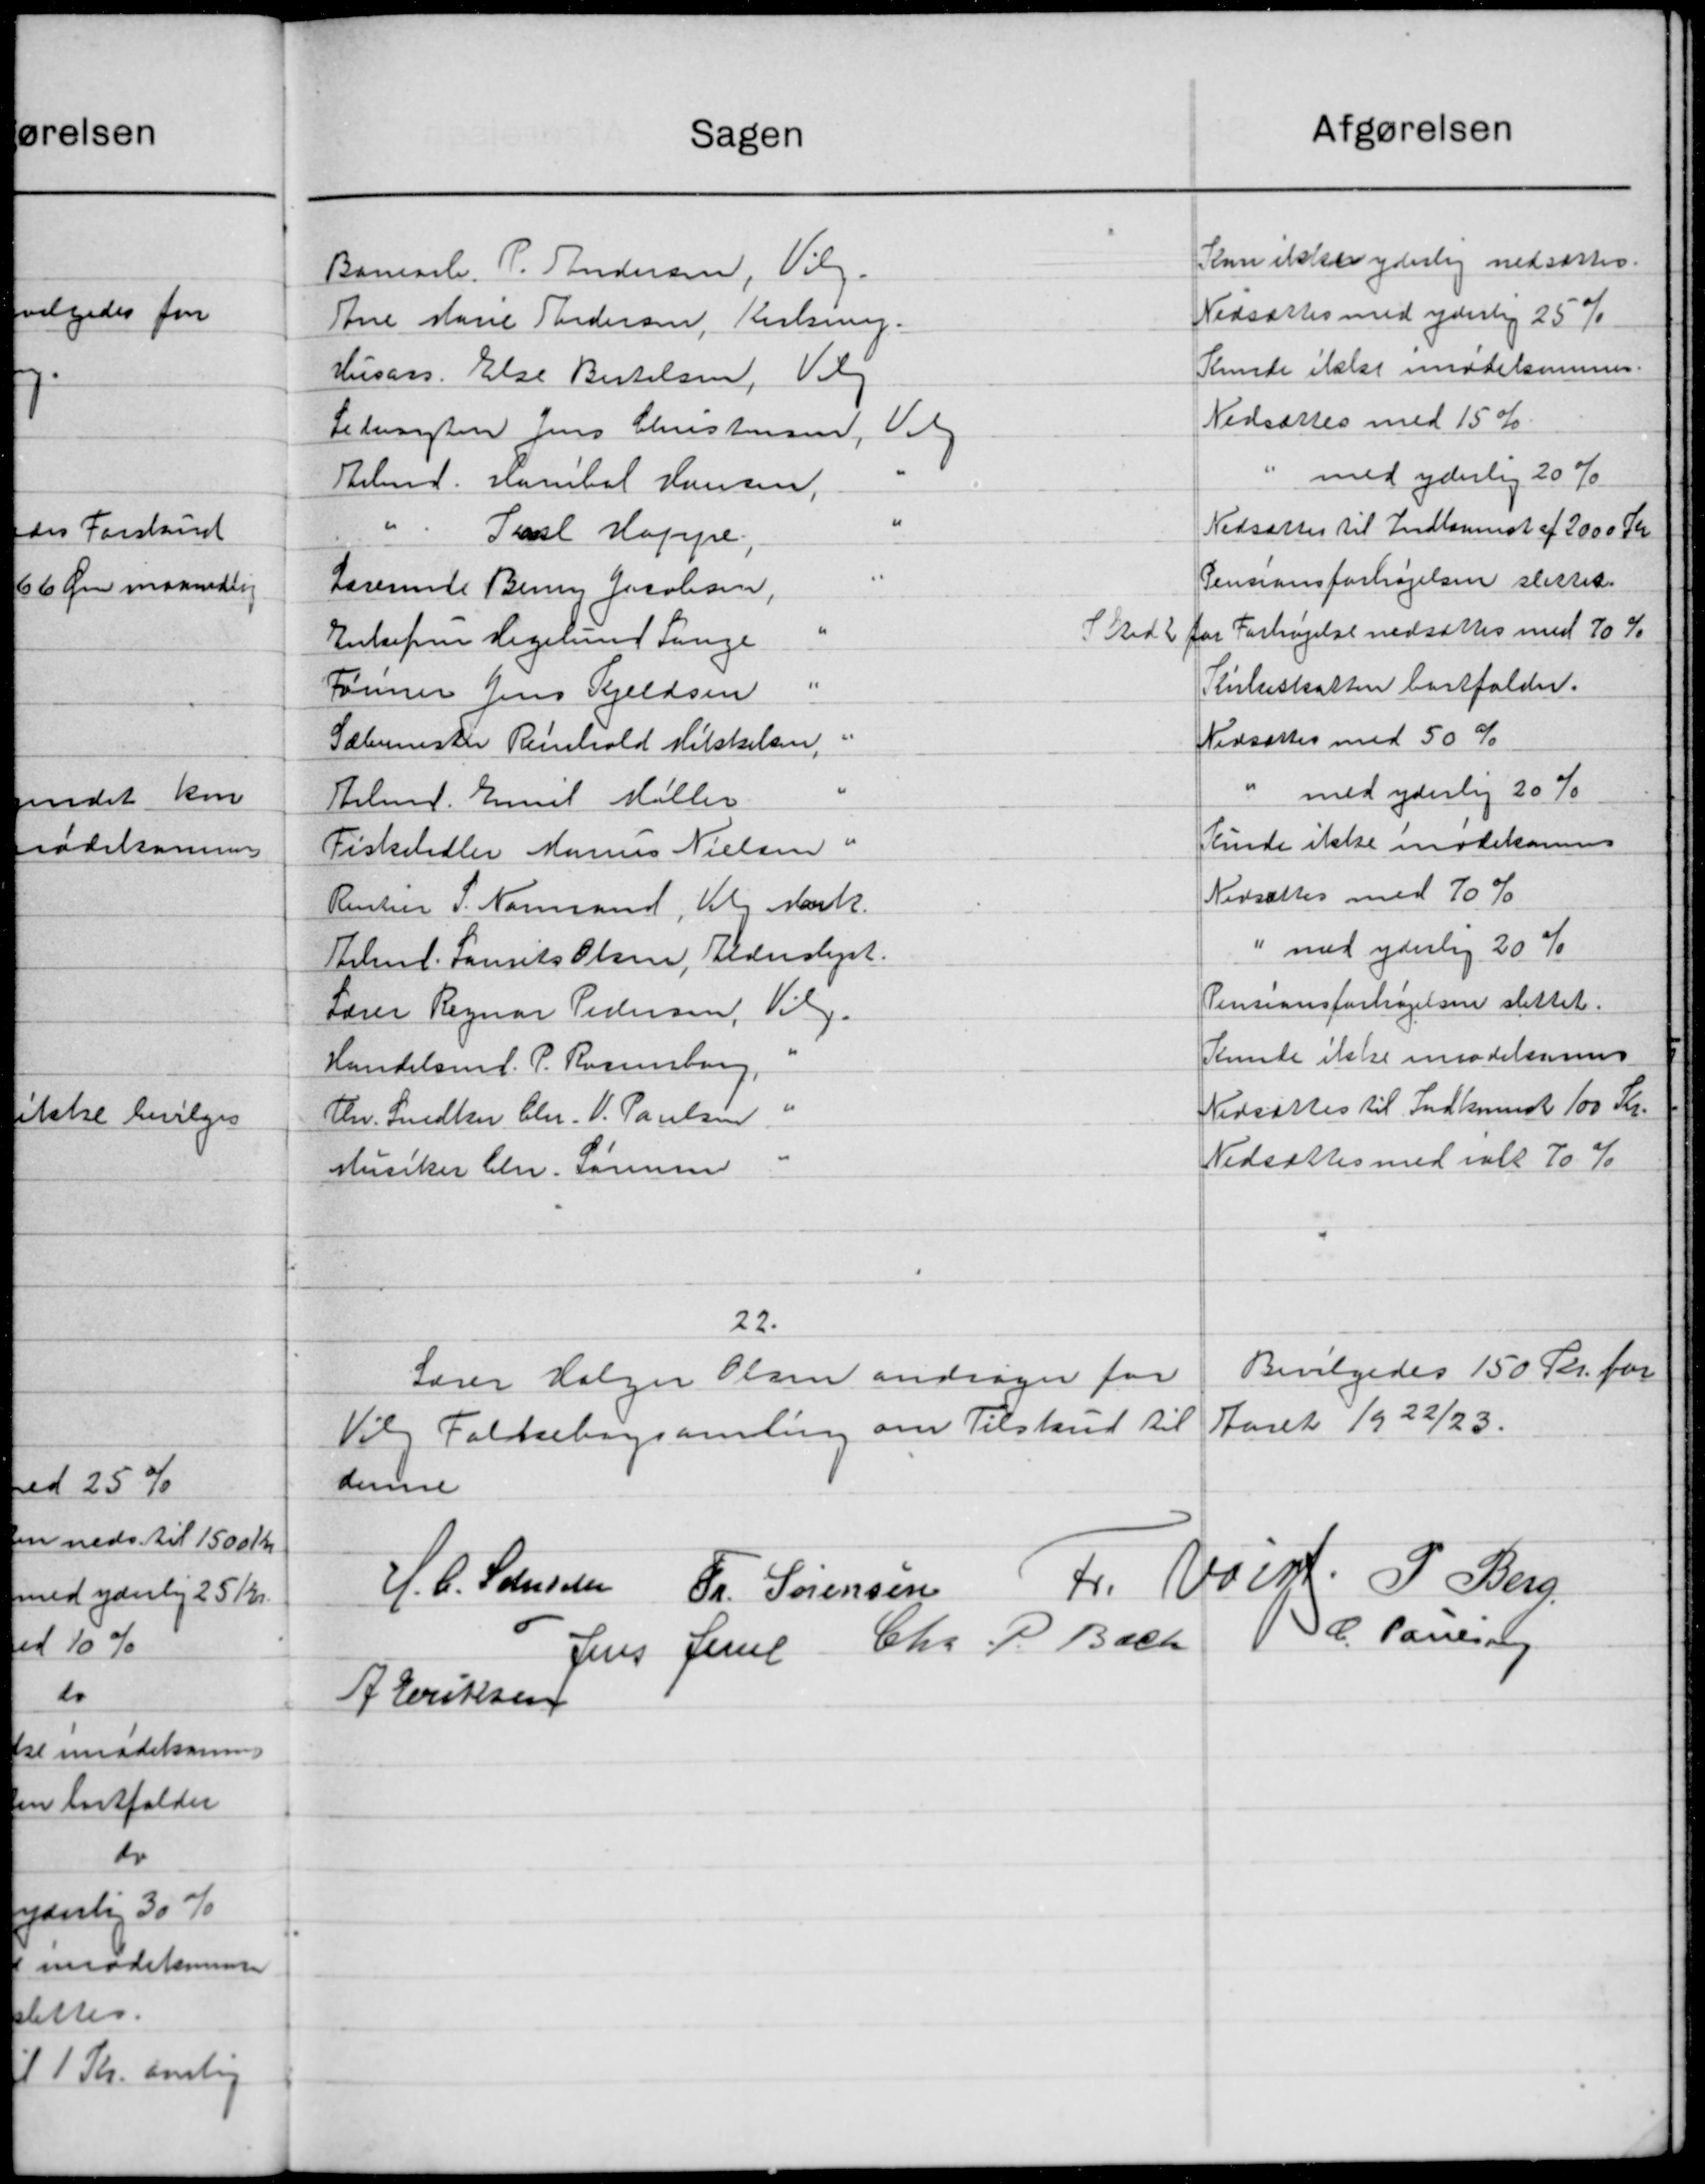
Transskription:
Afgørelsen
Sagen
Kan ikker yderlig nedsættes.
Banearb. P. Andersen, Vilg
Nedsættes med yderlig 25 %
Ane Marie Andersen, Kirkning.
Kunde ikke imiddelsemmer
Husass. Else Bertelsen, Vil
Nedsættes med 15 %
Ledvagten Jens Christensen, Valg
"
med yderlig 20 %
Arbmd. Hanibal Hansen,
"
Nedsættes til Indkomst af 2000 Kr.
"
Pasl Kappe.
Pensionsforhøjelsen slettet.
Lærerinde Benny Jacobsen,
"
S Stedet for Forhøjelse nedsættes med 70 %
Enkefru Hegelund Lange
"
Kirkeskatten bortfalder.
Tømmer Jens Kjeldsen
"
Nedsættes med 50 %
Sælermester Reinhold Mikkelsen,
"
" med yderlig 20 %
Silmd. Emil Møller
Kunde ikke mødekomme
Fiskelidler Marius Nielsen "
Nedsættes med 70 %
Rentier P. Normand, Vil Mark.
" med yderlig 20 %
Selmd. Laurits Olsen, Alderslyst.
Pensionsforhøjelsen slettet.
Lærer Regnar Pedersen, Vilg.
Kunde ikke imødelesmer
Handelsen f. P. Rasminsborg,
Nedsættes til Indkomst 100 Kr.
Chr. Snedker Chr. V. Paulsen "
Nedsættes med ialt 70 %
Musiker Chr. Sørensen
22.
Bevilgedes 150 Kr. for
Lærer Holger Olsen andrager for
Aaret 1922/23.
Vilg Folkebogsamling om Tilskud til
denne
Fr. Veist. P. Berg,
H. C. Schøden Fr. Sørensen
C. Poulsen
Jens Jensen Chr. P. Bach
A. Eriksen